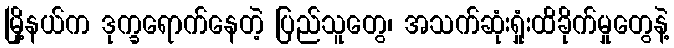
မြို့နယ်က ဒုက္ခရောက်နေတဲ့ ပြည်သူတွေ၊ အသက်ဆုံးရှုံးထိခိုက်မှုတွေနဲ့